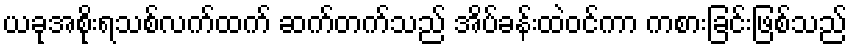
ယခုအစိုးရသစ်လက်ထက် ဆက်တက်သည် အိပ်ခန်းထဲဝင်ကာ ကစားခြင်းဖြစ်သည်